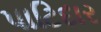
પાટિદાર